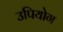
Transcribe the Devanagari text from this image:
उपियोग